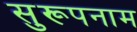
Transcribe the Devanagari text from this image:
सुरूपनाम